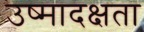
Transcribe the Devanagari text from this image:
उष्मादक्षता